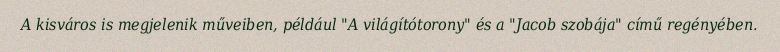
A kisváros is megjelenik műveiben, például "A világítótorony" és a "Jacob szobája" című regényében.